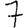
Digit: 7